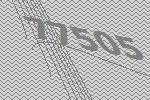
77505